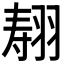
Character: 𰭣